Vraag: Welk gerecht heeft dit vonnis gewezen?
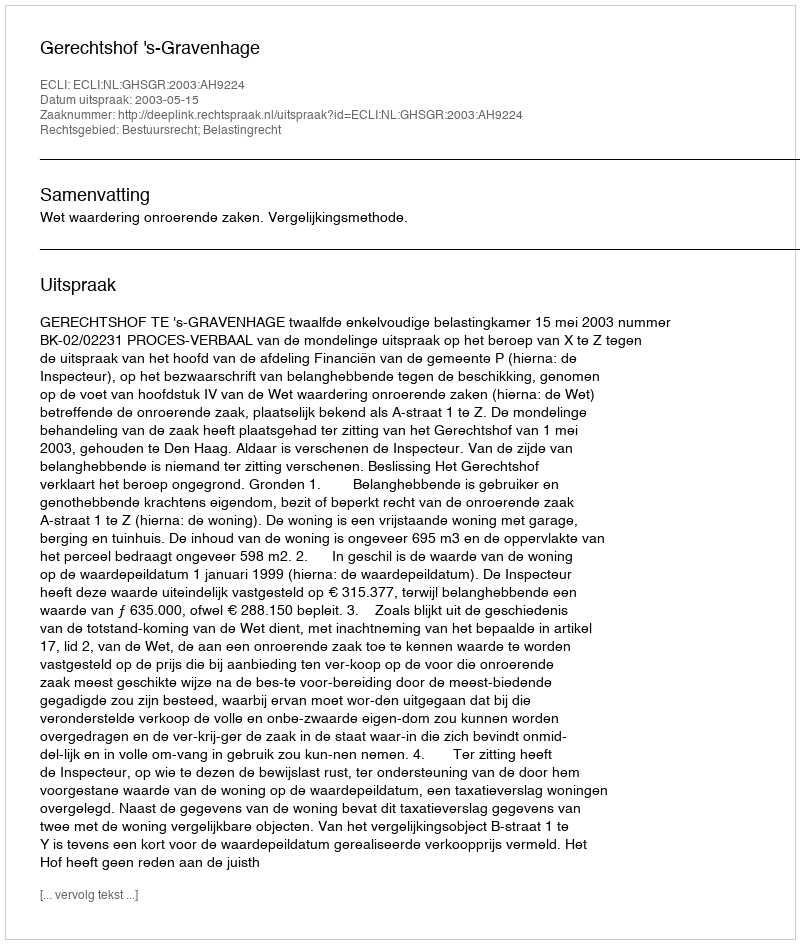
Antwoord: Gerechtshof 's-Gravenhage